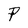
Character: P